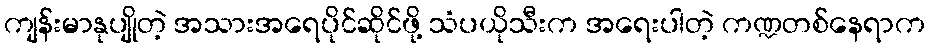
ကျန်းမာနုပျိုတဲ့ အသားအရေပိုင်ဆိုင်ဖို့ သံပယိုသီးက အရေးပါတဲ့ ကဏ္ဍတစ်နေရာက